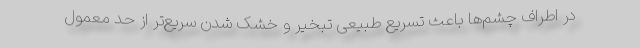
در اطراف چشم‌ها باعث تسریع طبیعی تبخیر و خشک شدن سریع‌تر از حد معمول